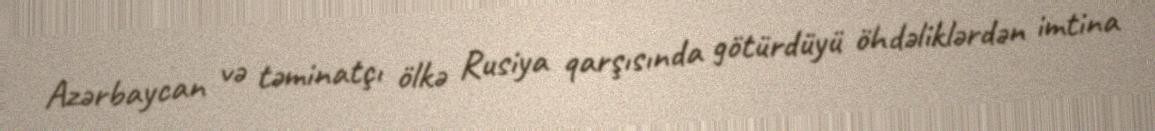
Azərbaycan və təminatçı ölkə Rusiya qarşısında götürdüyü öhdəliklərdən imtina